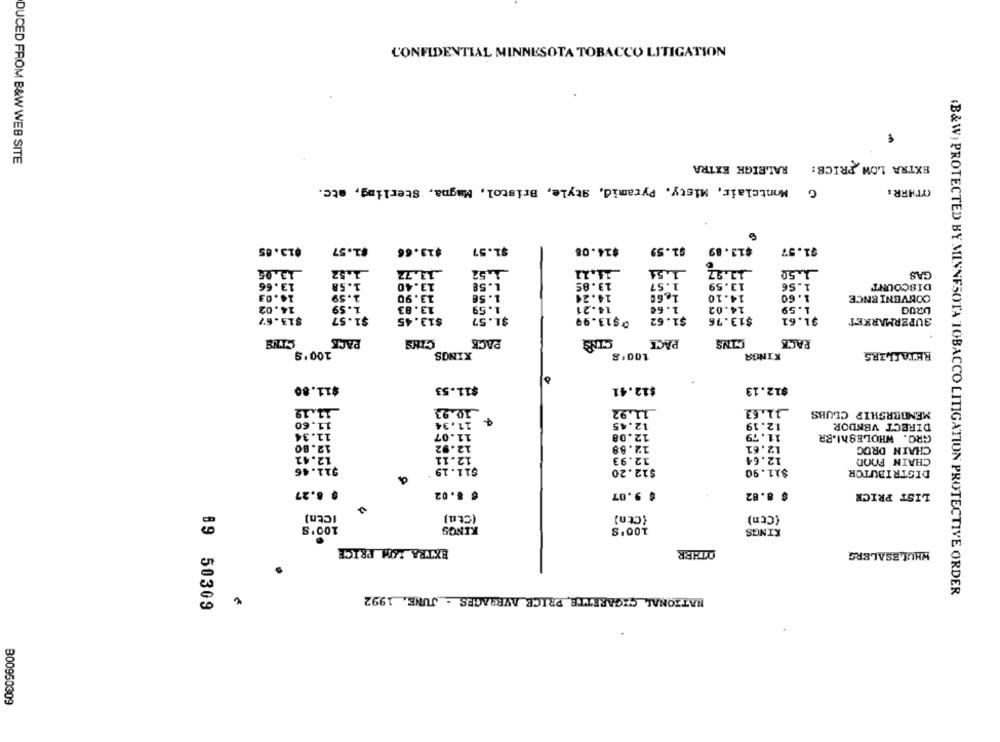
CONFIDENTIAL MINNESOTA TOBACCO LITIGATION
EXTRA LOW PRICE:
DUCED FROM B&W WEB SITE
RALEIGH EXTRA
Montclair, Misty. Pyramid, Style, Bristol, Magna, Sterling, etc.
OTHRR :
$13.05
$1.57
$13.66
$1.57
$24.08
$1.59
$13.89
$1.57
13.05
1.52
.13.72
_1,52
1.54
11.97
1.50
GAS
13.66
1.58
13.40
1.58
13.85
1.57
13.59
1.56
DISCOUNT
14.03
1.59
13.90
1.56
14.24
1 ., 60
14.10
1.60
CONVENIENCE
14.02
1.59
13.83
1.59
14.21
1.60
14.02
1.59
DRUG
$13.67
$1.57
$13.45
$1.57
@$13.99
$1.62
$13.76
$1.61
SUPERMARKET
PACK
CINS
PACK
PACK
CINS
PACK
100'9
KINGS
100.
KINGA
RETAILERS
$11.80
$11.53
$12.41
$12.13
11.19
10.93
11.92
_11.63
MEMBERSHIP CLUBS
11.60
11,34
12.45
12.19
DIRECT VENDOR
11.34
11.07
12.08
11.79
GRO. WHOLEShI.BR
12.80
12.92
12.88
12.61
CHAIN DROG
12.41
12.11
12.93
12.64
CHAIN FOOD
$11.46
$11.19
$12.20
$11.90
DISTRIBUTOR
$ 8.27
$ 8.02
$ 9.07
$ 8.82
LIST PRICE
Ictn)
(Cta)
{Ctn)
(Cen)
100'S
KINGS
100'S
KINGS
EXTRA LOW PRICE
OTHER
WHOLESALERS
NATIONAL CIGARETTE PRICE AVERAGES - JUNE. 1992
B&W) PROTECTED BY MINNESOTA TOBACCO LITIGATION PROTECTIVE ORDER
89 50309
B00950309